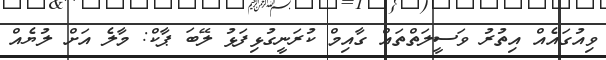
ވިއުގައެއް އިތުރު ވަސީލަތްތައް ގާއިމް ކުރަނީގުޅިފަޅު ލޭބަ ޕާކް: މާލެ އަށް ލުޔެއް